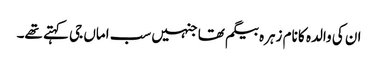
ان کی والدہ کا نام زہرہ بیگم تھا جنہیں سب اماں جی کہتے تھے۔